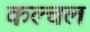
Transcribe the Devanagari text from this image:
कल्चल